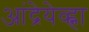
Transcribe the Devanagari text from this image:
आंद्रेयेव्ह्ना